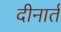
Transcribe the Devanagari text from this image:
दीनार्त